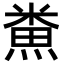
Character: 𪹦